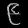
Digit: ၉